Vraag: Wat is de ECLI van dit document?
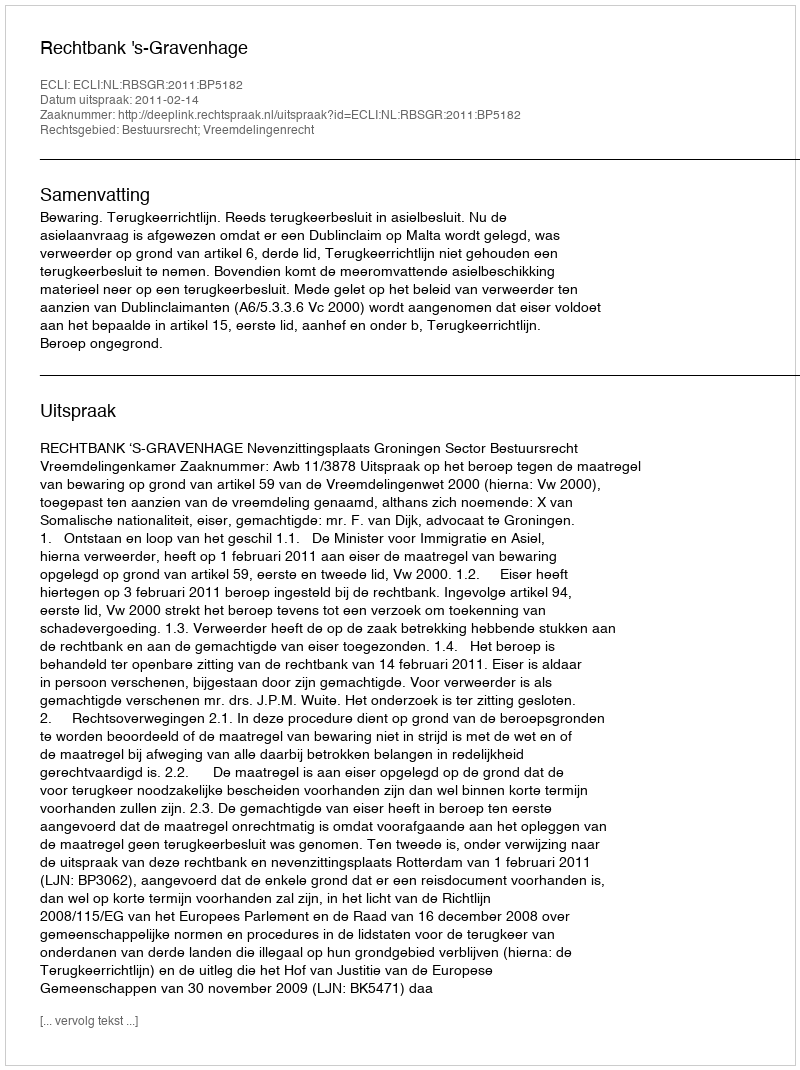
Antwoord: ECLI:NL:RBSGR:2011:BP5182